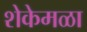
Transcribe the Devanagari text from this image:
शेकेमळा